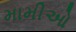
મામીઓ